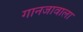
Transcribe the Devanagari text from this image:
गानजावाला